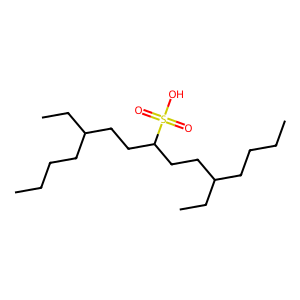
SMILES: CCCCC(CC)CCC(CCC(CC)CCCC)S(=O)(=O)O
Inhibits HIV replication: No